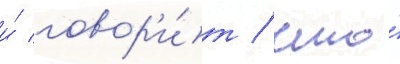
и́ говор'и́т / что́